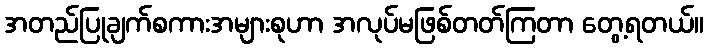
အတည်ပြုချက်စကားအများစုဟာ အလုပ်မဖြစ်တတ်ကြတာ တွေ့ရတယ်။